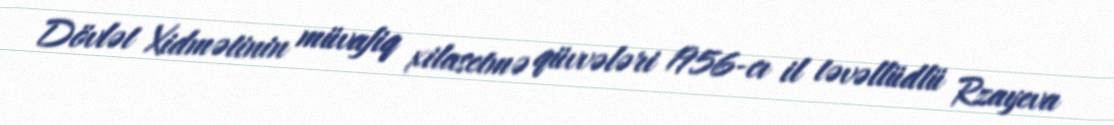
Dövlət Xidmətinin müvafiq xilasetmə qüvvələri 1956-cı il təvəllüdlü Rzayeva